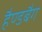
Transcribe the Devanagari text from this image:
हैण्डबैग